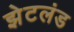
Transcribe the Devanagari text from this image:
झेटलंड